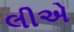
લીએ